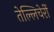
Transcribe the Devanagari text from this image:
तेल्लिचेर्री